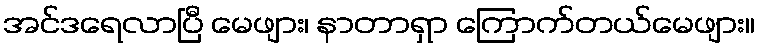
အင်ဒရေလာပြီ မေဖျား၊ နာတာရှာ ကြောက်တယ်မေဖျား။